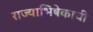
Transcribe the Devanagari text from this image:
राज्याभिषेकाची